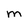
Character: m